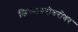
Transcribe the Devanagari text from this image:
जिच्याबरोबरोबर